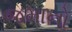
જમાનો